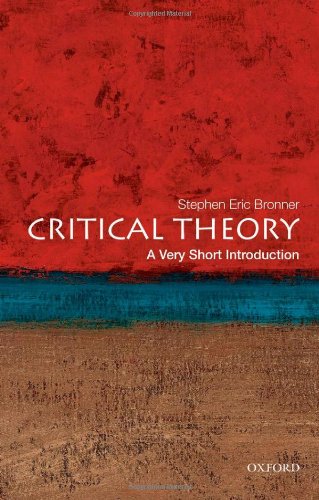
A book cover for Critical Theory: A Very Short Introduction; Stephen Eric Bronner; Politics & Social Sciences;